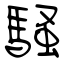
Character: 騒